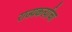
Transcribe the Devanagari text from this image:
राज्यकर्त्याचा